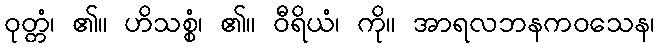
ဝုတ္တံ၊ ၏။ ဟိသစ္စံ၊ ၏။ ဝီရိယံ၊ ကို။ အာရလဘနကဝသေန၊